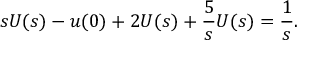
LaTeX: s U ( s ) - u ( 0 ) + 2 U ( s ) + { \frac { 5 } { s } } U ( s ) = { \frac { 1 } { s } } .